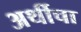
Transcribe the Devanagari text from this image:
अर्थीचा